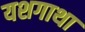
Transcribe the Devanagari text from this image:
यशगाथा